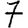
Digit: 7